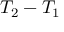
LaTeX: T _ { 2 } - T _ { 1 }